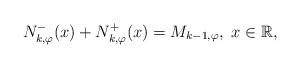
LaTeX: \begin{align*} N_{k,\varphi}^{-}(x) + N_{k,\varphi}^{+}(x) = {M}_{k-1,\varphi}, \; x\in {\mathbb R},\end{align*}